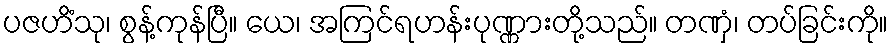
ပဇဟိံသု၊ စွန့်ကုန်ပြီ။ ယေ၊ အကြင်ရဟန်းပုဏ္ဏားတို့သည်။ တဏှံ၊ တပ်ခြင်းကို။